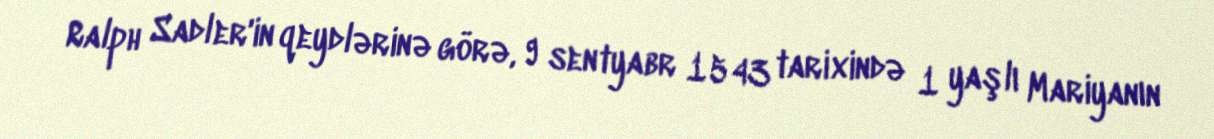
Ralph Sadler'in qeydlərinə görə, 9 sentyabr 1543 tarixində 1 yaşlı Mariyanın